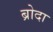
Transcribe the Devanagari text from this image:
ब्रोदा